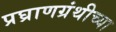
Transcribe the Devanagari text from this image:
प्रघ्राणग्रंथीच्या